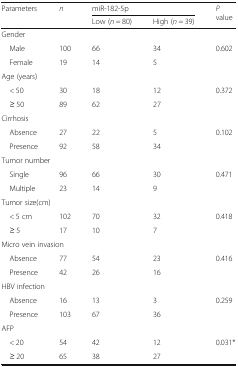
<table><thead><tr><td rowspan="2"><b>Parameters</b></td><td rowspan="2"><b><i>n</i></b></td><td colspan="2"><b>miR-182-5p</b></td><td rowspan="2"><b><i>P</i> value</b></td></tr><tr><td><b>Low (<i>n</i> = 80)</b></td><td><b>High (<i>n</i> = 39)</b></td></tr></thead><tbody><tr><td colspan="5">Gender</td></tr><tr><td> Male</td><td>100</td><td>66</td><td>34</td><td rowspan="2">0.602</td></tr><tr><td> Female</td><td>19</td><td>14</td><td>5</td></tr><tr><td colspan="5">Age (years)</td></tr><tr><td> &lt; 50</td><td>30</td><td>18</td><td>12</td><td rowspan="2">0.372</td></tr><tr><td> ≥ 50</td><td>89</td><td>62</td><td>27</td></tr><tr><td colspan="5">Cirrhosis</td></tr><tr><td> Absence</td><td>27</td><td>22</td><td>5</td><td rowspan="2">0.102</td></tr><tr><td> Presence</td><td>92</td><td>58</td><td>34</td></tr><tr><td colspan="5">Tumor number</td></tr><tr><td> Single</td><td>96</td><td>66</td><td>30</td><td rowspan="2">0.471</td></tr><tr><td> Multiple</td><td>23</td><td>14</td><td>9</td></tr><tr><td colspan="5">Tumor size(cm)</td></tr><tr><td> &lt; 5 cm</td><td>102</td><td>70</td><td>32</td><td rowspan="2">0.418</td></tr><tr><td> ≥ 5</td><td>17</td><td>10</td><td>7</td></tr><tr><td colspan="5">Micro vein invasion</td></tr><tr><td> Absence</td><td>77</td><td>54</td><td>23</td><td rowspan="2">0.416</td></tr><tr><td> Presence</td><td>42</td><td>26</td><td>16</td></tr><tr><td colspan="5">HBV infection</td></tr><tr><td> Absence</td><td>16</td><td>13</td><td>3</td><td rowspan="2">0.259</td></tr><tr><td> Presence</td><td>103</td><td>67</td><td>36</td></tr><tr><td colspan="5">AFP</td></tr><tr><td> &lt; 20</td><td>54</td><td>42</td><td>12</td><td rowspan="2">0.031*</td></tr><tr><td> ≥ 20</td><td>65</td><td>38</td><td>27</td></tr></tbody></table>